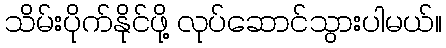
သိမ်းပိုက်နိုင်ဖို့ လုပ်ဆောင်သွားပါမယ်။